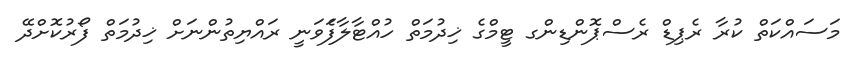
މަސައްކަތް ކުރާ ރެޕިޑް ރެސްޕޮންޑިންގ ޓީމްގެ ޚިދުމަތް ހުއްޓާލާފަެވަނީ ރައްޔިތުންނަށް ޚިދުމަތް ފޯރުކޮށްދޭ